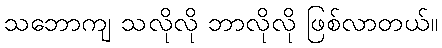
သဘောကျ သလိုလို ဘာလိုလို ဖြစ်လာတယ်။